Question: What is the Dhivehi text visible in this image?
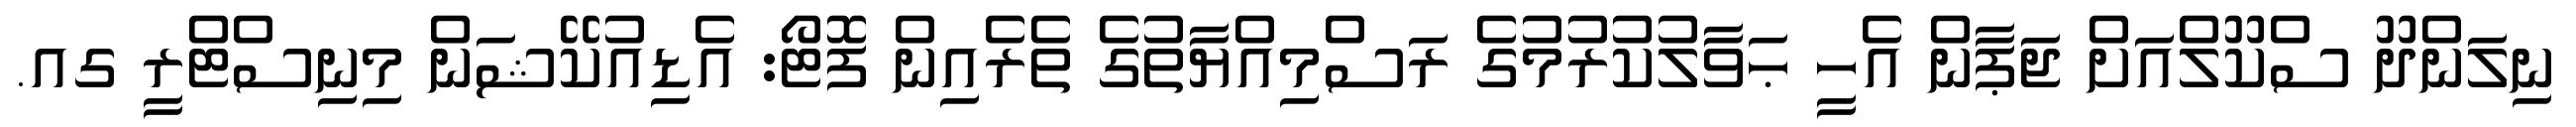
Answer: ނިލަންދޫ ސްކޫލްއަށް ޖަޕާން އެހީ ޙަވާލުކުރުމުގެ ރަސްމިއްޔާތުގެ ތެރެއިން ފޮޓޯ: އެޑިއުކޭޝަން މިނިސްޓްރީ ގއ.